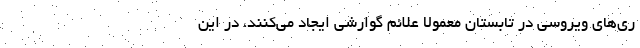
ری‌های ویروسی در تابستان معمولا علائم گوارشی ایجاد می‌کنند، در این